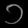
Digit: ၁